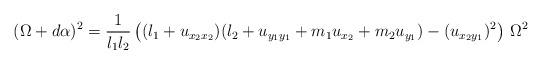
LaTeX: \begin{align*}(\Omega+d\alpha)^2=\frac{1}{l_1l_2}\left((l_1+u_{x_2x_2})(l_2+u_{y_1y_1}+m_1u_{x_2}+m_2u_{y_1})-(u_{x_2y_1})^2\right)\, \Omega^2\end{align*}